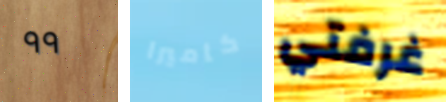
٩٩ كاميرا غرفتي